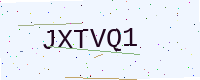
Text: JXTVQ1